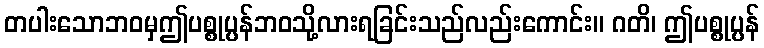
တပါးသောဘဝမှဤပစ္စုပ္ပန်ဘဝသို့လားရခြင်းသည်လည်းကောင်း။ ဂတိ၊ ဤပစ္စုပ္ပန်